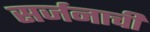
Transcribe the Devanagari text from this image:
सर्जनाची